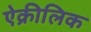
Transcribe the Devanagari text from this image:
ऐक्रीलिक